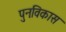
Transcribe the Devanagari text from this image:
पुनःविकास